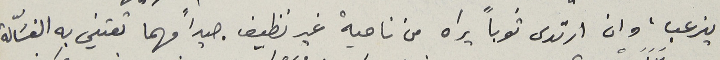
ينرعب، وان ارتدى ثوباً يراه من ناحية غير نظيف جيداً مهما تعتني به الغسَّالة